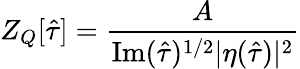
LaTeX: Z_{Q}[\hat{\tau}]=\frac{A}{\mathrm{Im}(\hat{\tau})^{1/2}|\eta(\hat{\tau})|^{2}}